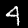
Label: 4